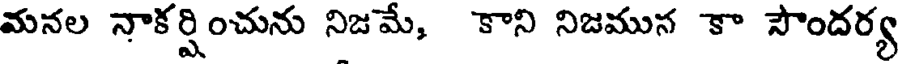
మనల నాకర్షించును నిజమే, కాని నిజమున కా సౌందర్య